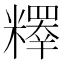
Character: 𥽉